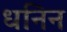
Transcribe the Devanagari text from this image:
धनिन